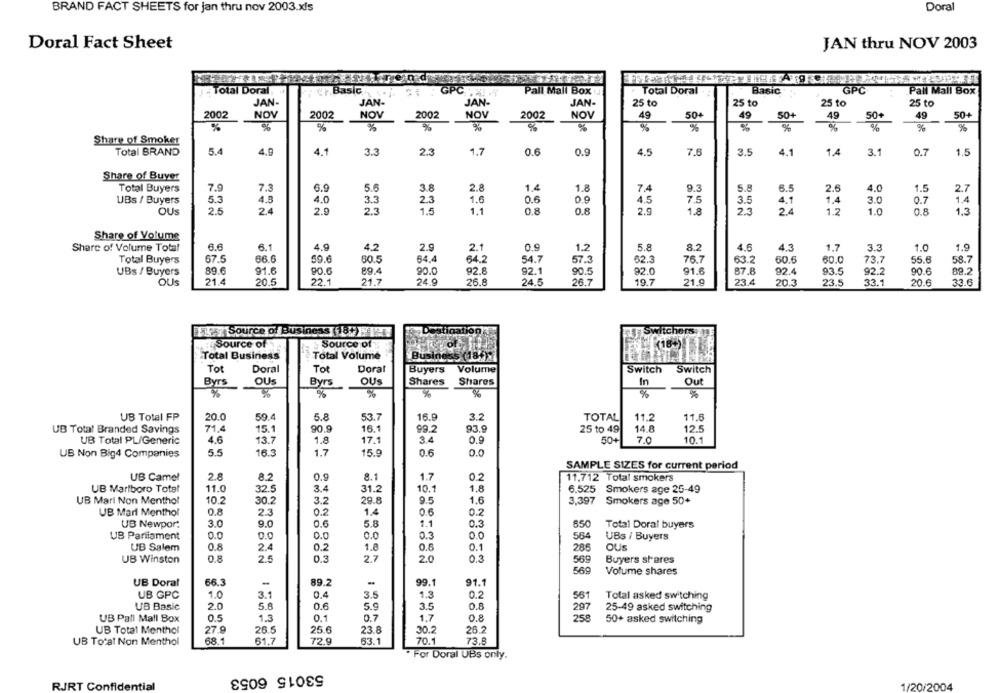
Doral
BRAND FACT SHEETS for jan thru nov 2003.xls
Doral Fact Sheet
JAN thru NOV 2003
J - Total Doral
Basic
** GPCX
Pall Mall Box
Total Doral
Basic
GPC
Pall Mall Box
JAN-
JAN-
JAN-
JAN-
25 to
25 to
25 to
25 to
2002
NOV
2002
NOV
2002
NOV
2002
NOV
49
50+
49
50+
49
50+
49
50+
%
%
%
93
%
%
%
%
%
%
%
%
Share of Smoker
Total BRAND
5.4
4.9
4.1
3.3
2.3
1.7
0.6
0.9
4.5
7.6
3.5
4.1
1.4
3.1
0.7
1.5
Share of Buyer
7.9
7.3
6.9
5.6
3.8
2.8
1.4
1.8
7.4
9.3
5.8
6.5
1.5
Total Buyers
2.6
4.0
2.7
UBs / Buyers
5.3
4.8
4.0
3.3
2.3
1.6
0.6
0.9
4.5
7.5
3.5
4.1
1.4
3.0
0.7
1.4
OUS
2.5
2.4
2.9
2.3
1.5
1.1
0.8
0.8
2.9
1.8
2.3
2.4
1.2
1.0
0.8
1.3
Share of Volume
Share of Volume Total
8.6
6.1
4.9
4.2
2.9
2.1
09
1.2
5.8
8.2
4.6
4.3
1.7
3.3
1.0
1.9
Total Buyers
67.5
66.6
59.6
60.5
64.4
64.2
54.7
57.3
62.3
76.7
63.2
60.6
60.0
73.7
55.6
58.7
89.6
91.6
90.6
89.4
92.8
92.1
90.5
91.6
89.2
UBs / Buyers
90.0
92.0
87.8
92.4
93.5
92.2
90.6
OUS
21.4
20.5
22.1
21.7
24.9
26.8
24.5
26.7
19.7
21.9
23.4
20.3
23.5
33.1
20.6
33.6
LA Source of Business (18. HAN
Destination
Switchers
Source of
Source of
(18
Total Business
Total Volume
Business
Tot
Doral
Tot
Doral
Buyers Volume
Switch
Switch
Byrs
OUS
OUS
Shares
Out
Byrs
Shares
In
%
%
53.7
3.2
11.6
UB Total FP
20.0
59.4
5.8
16.9
TOTAL
11.2
UB Total Branded Savings
15.1
90.9
16.1
99.2
93.9
25 to 49
14.8
12.5
79.4
UB Total PL/Generic
4.6
13.7
1.8
17.1
3.4
50+
7.0
10.1
UB Non Big4 Companies
5.5
16.3
1.7
15.9
0.6
0.0
SAMPLE SIZES for current period
UB Camel
2.8
8.2
0.9
8.1
1.7
0.2
11.712 Total smokers
UB Marlboro Total
11.0
32.5
3.4
31.2
10.1
1.8
6.525 Smokers age 25-49
UB Marl Non Menthol
10.2
30.2
3.2
29.8
9.5
1.6
3,397
Smokers age 50+
UB Marl Menthol
0.8
2.3
1.4
0.6
0.2
UB Newpor:
3.0
9.0
0.6
5.8
1.1
0.3
850
Total Doral buyers
UB Parliament
0.0
0.0
0.0
0.0
0.3
0.0
564
UBs / Buyers
UB Salem
0.8
2.4
0.2
1.8
0.8
0.1
286
OUS
UB Winston
0.8
2.5
2.7
2.0
0.3
569
Buyers shares
569
Volume shares
66.3
-
89.2
-
91.1
UB Doral
99.1
UB GPC
1.0
3.1
0.4
3.5
1.3
0.2
561
Total asked switching
UB Basic
2.0
5.8
0.6
5.9
3.5
0.8
297
25-49 asked switching
0.5
1.3
0.1
0.7
1.7
0.8
258
UB Pall Mall Box
50+ asked switching
UB Total Menthol
27.9
26.5
25.6
23.8
30.2
26.2
UB Total Non Menthol
68.1
61.7
72.9
63.1
70.1
73.8
For Doral UBs only.
53015 6053
RJRT Confide
1/20/2004